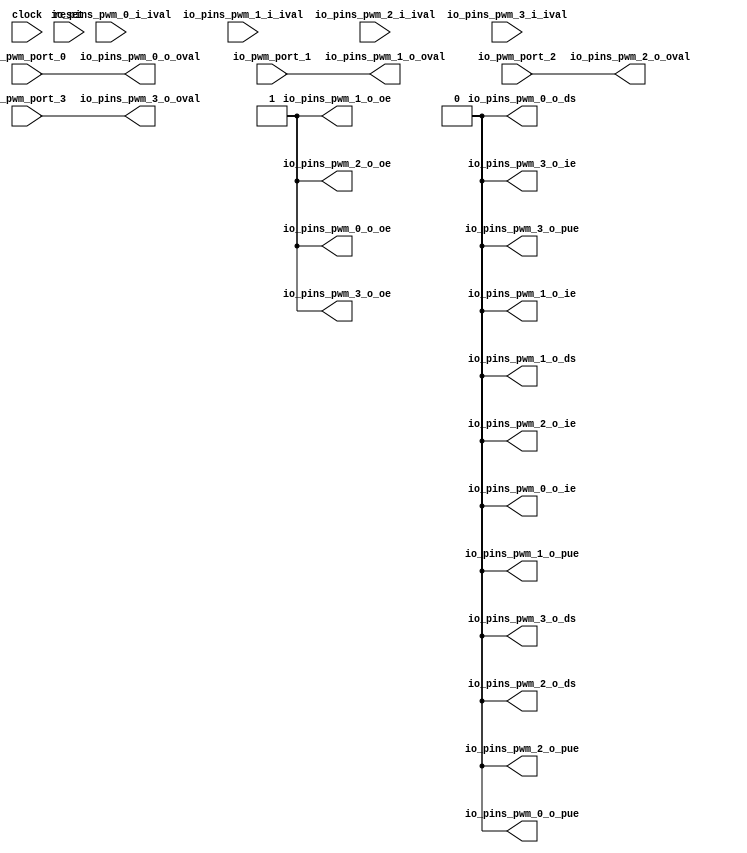
 /*                                                                      
 Copyright 2017 Silicon Integrated Microelectronics, Inc.                
                                                                         
 Licensed under the Apache License, Version 2.0 (the "License");         
 you may not use this file except in compliance with the License.        
 You may obtain a copy of the License at                                 
                                                                         
     http://www.apache.org/licenses/LICENSE-2.0                          
                                                                         
  Unless required by applicable law or agreed to in writing, software    
 distributed under the License is distributed on an "AS IS" BASIS,       
 WITHOUT WARRANTIES OR CONDITIONS OF ANY KIND, either express or implied.
 See the License for the specific language governing permissions and     
 limitations under the License.                                          
 */                                                                      
                                                                         
                                                                         
                                                                         
module sirv_pwmgpioport(
  input   clock,
  input   reset,
  input   io_pwm_port_0,
  input   io_pwm_port_1,
  input   io_pwm_port_2,
  input   io_pwm_port_3,
  input   io_pins_pwm_0_i_ival,
  output  io_pins_pwm_0_o_oval,
  output  io_pins_pwm_0_o_oe,
  output  io_pins_pwm_0_o_ie,
  output  io_pins_pwm_0_o_pue,
  output  io_pins_pwm_0_o_ds,
  input   io_pins_pwm_1_i_ival,
  output  io_pins_pwm_1_o_oval,
  output  io_pins_pwm_1_o_oe,
  output  io_pins_pwm_1_o_ie,
  output  io_pins_pwm_1_o_pue,
  output  io_pins_pwm_1_o_ds,
  input   io_pins_pwm_2_i_ival,
  output  io_pins_pwm_2_o_oval,
  output  io_pins_pwm_2_o_oe,
  output  io_pins_pwm_2_o_ie,
  output  io_pins_pwm_2_o_pue,
  output  io_pins_pwm_2_o_ds,
  input   io_pins_pwm_3_i_ival,
  output  io_pins_pwm_3_o_oval,
  output  io_pins_pwm_3_o_oe,
  output  io_pins_pwm_3_o_ie,
  output  io_pins_pwm_3_o_pue,
  output  io_pins_pwm_3_o_ds
);
  wire [1:0] T_108;
  wire [1:0] T_109;
  wire [3:0] T_110;
  wire  T_114;
  wire  T_115;
  wire  T_116;
  wire  T_117;
  assign io_pins_pwm_0_o_oval = T_114;
  assign io_pins_pwm_0_o_oe = 1'h1;
  assign io_pins_pwm_0_o_ie = 1'h0;
  assign io_pins_pwm_0_o_pue = 1'h0;
  assign io_pins_pwm_0_o_ds = 1'h0;
  assign io_pins_pwm_1_o_oval = T_115;
  assign io_pins_pwm_1_o_oe = 1'h1;
  assign io_pins_pwm_1_o_ie = 1'h0;
  assign io_pins_pwm_1_o_pue = 1'h0;
  assign io_pins_pwm_1_o_ds = 1'h0;
  assign io_pins_pwm_2_o_oval = T_116;
  assign io_pins_pwm_2_o_oe = 1'h1;
  assign io_pins_pwm_2_o_ie = 1'h0;
  assign io_pins_pwm_2_o_pue = 1'h0;
  assign io_pins_pwm_2_o_ds = 1'h0;
  assign io_pins_pwm_3_o_oval = T_117;
  assign io_pins_pwm_3_o_oe = 1'h1;
  assign io_pins_pwm_3_o_ie = 1'h0;
  assign io_pins_pwm_3_o_pue = 1'h0;
  assign io_pins_pwm_3_o_ds = 1'h0;
  assign T_108 = {io_pwm_port_1,io_pwm_port_0};
  assign T_109 = {io_pwm_port_3,io_pwm_port_2};
  assign T_110 = {T_109,T_108};
  assign T_114 = T_110[0];
  assign T_115 = T_110[1];
  assign T_116 = T_110[2];
  assign T_117 = T_110[3];
endmodule